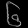
Digit: ၆